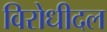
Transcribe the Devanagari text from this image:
विरोधीदल